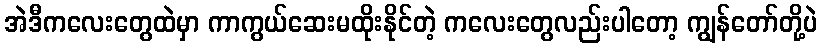
အဲဒီကလေးတွေထဲမှာ ကာကွယ်ဆေးမထိုးနိုင်တဲ့ ကလေးတွေလည်းပါတော့ ကျွန်တော်တို့ပဲ